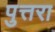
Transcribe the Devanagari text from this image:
पुत्तरा